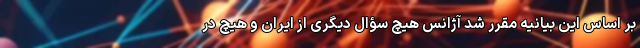
بر اساس این بیانیه مقرر شد آژانس هیچ سؤال دیگری از ایران و هیچ در